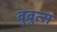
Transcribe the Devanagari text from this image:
बुबुत्स